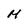
Character: M